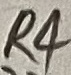
Text: R4